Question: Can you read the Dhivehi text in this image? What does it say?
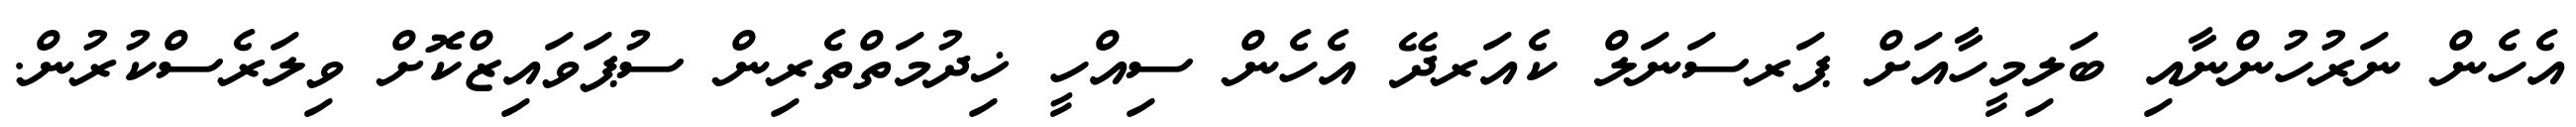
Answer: އެހެން ނަރުހުންނާއި ބަލިމީހާއަށް ޕަރސަނަލް ކެއަރދޭ އެހެން ސިއްހީ ޚިދުމަތްތެރިން ސުޕަވައިޒްކޮށް ވިލަރެސްކުރުން.